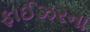
ફાઈઝરના